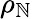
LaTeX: \rho_{\mathbb{N}}